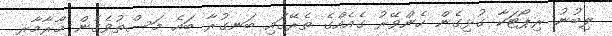
ލިބުނު ރިޕޯޓަކާ ގުޅިގެން ހެންވޭރު ގެއެއްގެ ތެރޭގައި ބަނގުރާ ބައެ މަސްތުވެގެން މާރާމާރީ